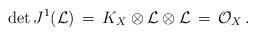
LaTeX: \begin{align*}\det J^1(\mathcal L)\,=\, K_X\otimes {\mathcal L}\otimes {\mathcal L}\,=\, {\mathcal O}_X\, .\end{align*}